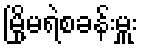
မြို့မရဲစခန်းမှူး